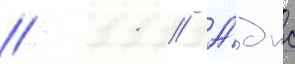
// 11 // А́дпс